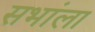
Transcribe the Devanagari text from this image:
सभांला